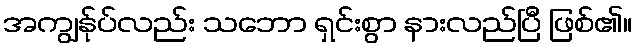
အကျွန်ုပ်လည်း သဘော ရှင်းစွာ နားလည်ပြီ ဖြစ်၏။